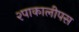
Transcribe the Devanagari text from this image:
२पाकालीपस